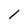
Character: l